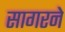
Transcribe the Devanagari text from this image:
सागरने